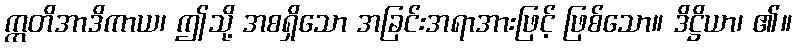
ဣတိအာဒိကာယ၊ ဤသို့ အစရှိသော အခြင်းအရာအားဖြင့် ဖြစ်သော။ ဒိဋ္ဌိယာ၊ ၏။